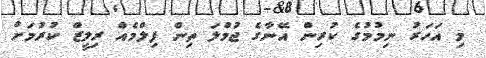
މި އަހަރު ނިމުމުގެ ކުރިން އޭނާގެ ޖުމްލަ ތިން ފިލްމެއް ރިލީޒް ކުރުމަށް